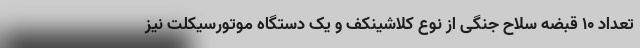
تعداد ۱۰ قبضه سلاح جنگی از نوع کلاشینکف و یک دستگاه موتورسیکلت نیز